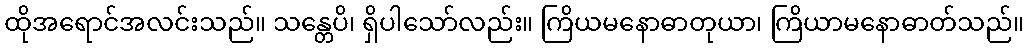
ထိုအရောင်အလင်းသည်။ သန္တေပိ၊ ရှိပါသော်လည်း။ ကြိယမနောဓာတုယာ၊ ကြိယာမနောဓာတ်သည်။